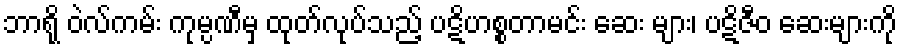
ဘာရို ဝဲလ်ကမ်း ကုမ္ပဏီမှ ထုတ်လုပ်သည့် ပဋိဟစ္စတာမင်း ဆေး များ၊ ပဋိဇီဝ ဆေးများကို